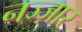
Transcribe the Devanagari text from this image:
नज्ज़ार